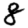
Digit: 8